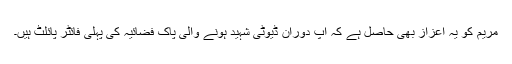
مریم کو یہ اعزاز بھی حاصل ہے کہ آپ دوران ڈیوٹی شہید ہونے والی پاک فضائیہ کی پہلی فائٹر پائلٹ ہیں۔